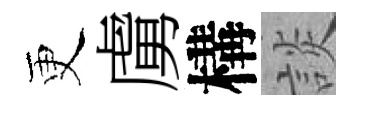
更虜構談